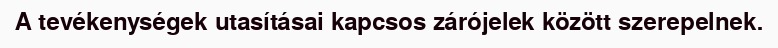
A tevékenységek utasításai kapcsos zárójelek között szerepelnek.